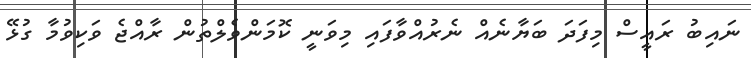
ނައިބު ރައީސް މިފަދަ ބަޔާނެއް ނެރުއްވާފައި މިވަނީ ކޮމަންވެލްތުން ރާއްޖެ ވަކިވުމާ ގުޅޭ